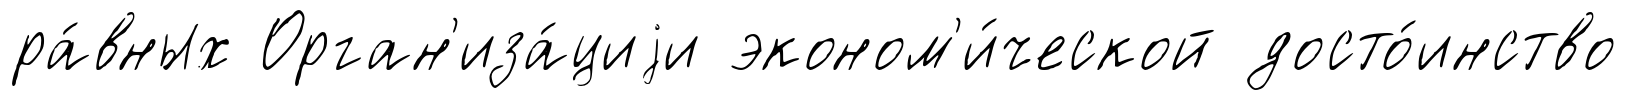
ра́вных Орган'иза́циjи эконом'и́ческой досто́инство